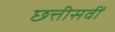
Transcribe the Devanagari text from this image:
छत्तीसवीं